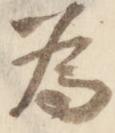
為